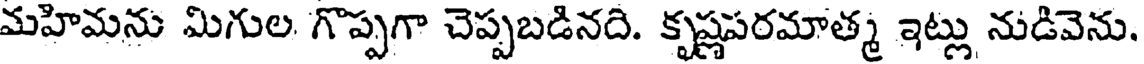
మహిమను మిగుల గొప్పగా చెప్పబడినది. కృష్ణపరమాత్మ ఇట్లు నుడివెను